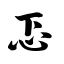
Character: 忑